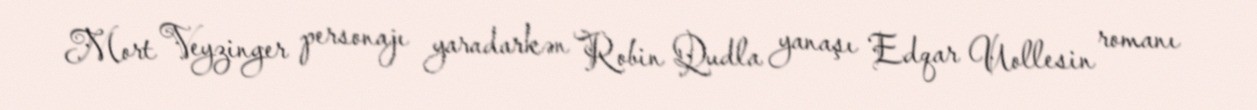
Mort Veyzinger personajı yaradarkən Robin Qudla yanaşı Edqar Uollesin romanı